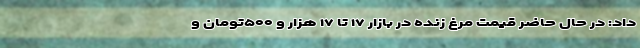
داد: در حال حاضر قیمت مرغ زنده در بازار ۱۷ تا ۱۷ هزار و ۵۰۰تومان و